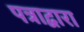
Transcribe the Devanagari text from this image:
पत्राद्वारा